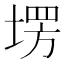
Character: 塄